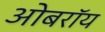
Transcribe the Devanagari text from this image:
ओबराॅय